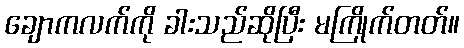
ချောကလက်ကို ခါးသည်ဆိုပြီး မကြိုက်တတ်။